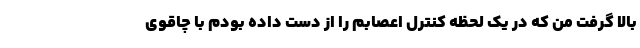
بالا گرفت من که در یک لحظه کنترل اعصابم را از دست داده بودم با چاقوی